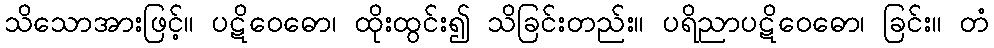
သိသောအားဖြင့်။ ပဋိဝေဓော၊ ထိုးထွင်း၍ သိခြင်းတည်း။ ပရိညာပဋိဝေဓော၊ ခြင်း။ တံ